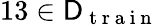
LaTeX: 13\in\mathsf{D}_{\mathrm{~t~r~a~i~n~}}